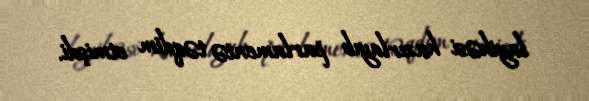
layihəsi hazırlayıb parlamentə təqdim etmişdi.